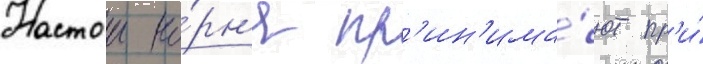
Настои ко́рн'я пр'ин'има́ют пр'и́